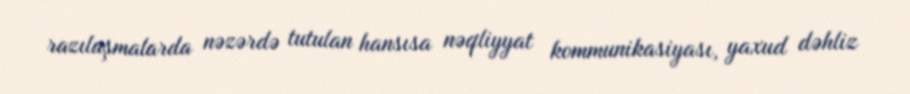
razılaşmalarda nəzərdə tutulan hansısa nəqliyyat kommunikasiyası, yaxud dəhliz